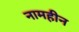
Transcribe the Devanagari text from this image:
नामहीन